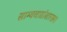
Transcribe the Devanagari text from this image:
साम्यवाद्यांसारख्पा